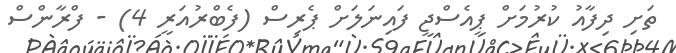
ތަށި ދިފާއު ކުރުމަށް ޕީއެސްޖީ ފައިނަލަށް ޕެރިސް (ފެބްރުއަރީ 4) - ފްރާންސް